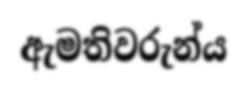
ඇමතිවරුන්ය